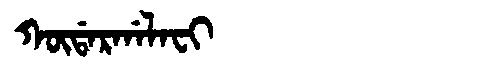
Manchu: ᡴᡡᡩᠠᡵᡤᠠᠯᠠᠸᡳ
Romanization: KŪDARGALAFI